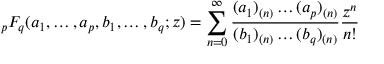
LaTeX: { } _ { p } F _ { q } ( a _ { 1 } , \dots , a _ { p } , b _ { 1 } , \dots , b _ { q } ; z ) = \sum _ { n = 0 } ^ { \infty } \frac { ( a _ { 1 } ) _ { ( n ) } \dots ( a _ { p } ) _ { ( n ) } } { ( b _ { 1 } ) _ { ( n ) } \dots ( b _ { q } ) _ { ( n ) } } \frac { z ^ { n } } { n ! }